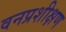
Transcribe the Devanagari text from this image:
वनप्रशीक्षण